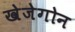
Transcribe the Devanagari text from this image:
खेजेगोन